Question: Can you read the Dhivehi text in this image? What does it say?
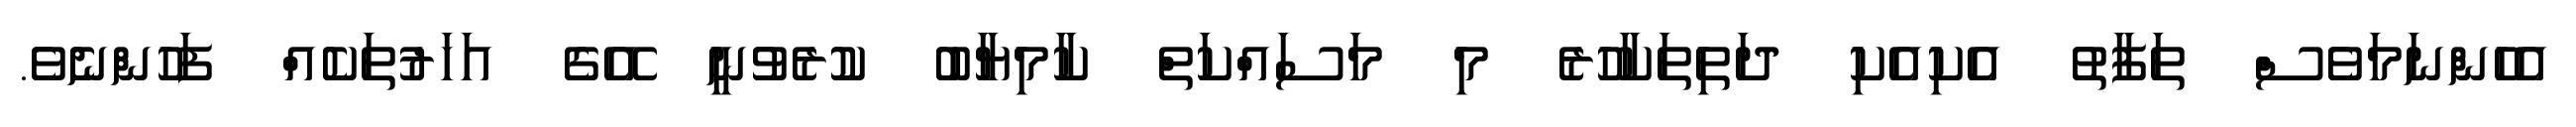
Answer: އެހެންނަމަވެސް ތަފާތު އެކިއެކި ދަތިތަކާހުރެ މި މަސައްކަތް ކާމިޔާބު ކުރެވުނީ އޭގެ އަހަރުތަކެއް ފަހުންނެވެ.